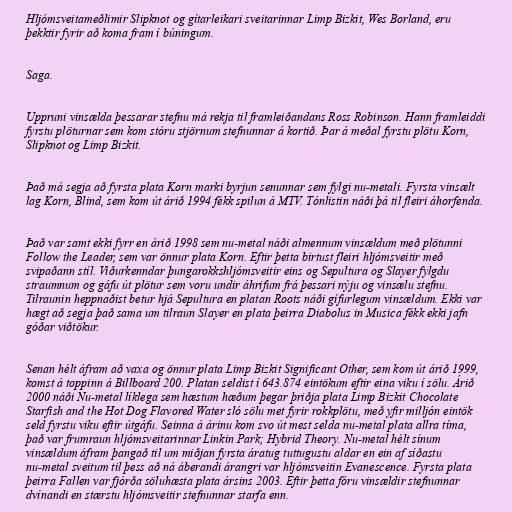
Hljómsveitameðlimir Slipknot og gítarleikari sveitarinnar Limp Bizkit, Wes Borland, eru
þekktir fyrir að koma fram í búningum.

Saga.

Uppruni vinsælda þessarar stefnu má rekja til framleiðandans Ross Robinson. Hann framleiddi
fyrstu plöturnar sem kom stóru stjörnum stefnunnar á kortið. Þar á meðal fyrstu plötu Korn,
Slipknot og Limp Bizkit.

Það má segja að fyrsta plata Korn marki byrjun senunnar sem fylgi nu-metali. Fyrsta vinsælt
lag Korn, Blind, sem kom út árið 1994 fékk spilun á MTV. Tónlistin náði þá til fleiri áhorfenda.

Það var samt ekki fyrr en árið 1998 sem nu-metal náði almennum vinsældum með plötunni
Follow the Leader, sem var önnur plata Korn. Eftir þetta birtust fleiri hljómsveitir með
svipaðann stíl. Viðurkenndar þungarokkshljómsveitir eins og Sepultura og Slayer fylgdu
straumnum og gáfu út plötur sem voru undir áhrifum frá þessari nýju og vinsælu stefnu.
Tilraunin heppnaðist betur hjá Sepultura en platan Roots náði gífurlegum vinsældum. Ekki var
hægt að segja það sama um tilraun Slayer en plata þeirra Diabolus in Musica fékk ekki jafn
góðar viðtökur.

Senan hélt áfram að vaxa og önnur plata Limp Bizkit Significant Other, sem kom út árið 1999,
komst á toppinn á Billboard 200. Platan seldist í 643.874 eintökum eftir eina viku í sölu. Árið
2000 náði Nu-metal líklega sem hæstum hæðum þegar þriðja plata Limp Bizkit Chocolate
Starfish and the Hot Dog Flavored Water sló sölu met fyrir rokkplötu, með yfir milljón eintök
seld fyrstu viku eftir útgáfu. Seinna á árinu kom svo út mest selda nu-metal plata allra tíma,
það var frumraun hljómsveitarinnar Linkin Park; Hybrid Theory. Nu-metal hélt sínum
vinsældum áfram þangað til um miðjan fyrsta áratug tuttugustu aldar en ein af síðastu
nu-metal sveitum til þess að ná áberandi árangri var hljómsveitin Evanescence. Fyrsta plata
þeirra Fallen var fjórða söluhæsta plata ársins 2003. Eftir þetta fóru vinsældir stefnunnar
dvínandi en stærstu hljómsveitir stefnunnar starfa enn.